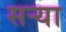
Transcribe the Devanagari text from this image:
सर्‍या